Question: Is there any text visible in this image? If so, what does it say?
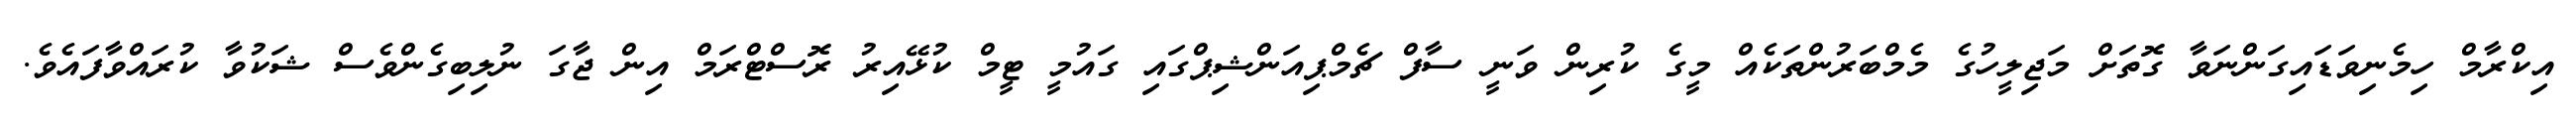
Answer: އިކްރާމް ހިމެނިވަޑައިގަންނަވާ ގޮތަށް މަޖިލީހުގެ މެމްބަރުންތަކެއް މީގެ ކުރިން ވަނީ ސާފް ޗެމްޕިއަންޝިޕްގައި ގައުމީ ޓީމް ކުޅޭއިރު ރޮސްޓްރަމް އިން ޖާގަ ނުލިބިގެންވެސް ޝަކުވާ ކުރައްވާފައެވެ.